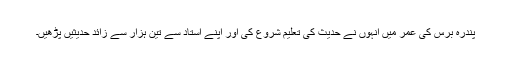
پندرہ برس کی عمر میں انہوں نے حدیث کی تعلیم شروع کی اور اپنے استاد سے تین ہزار سے زائد حدیثیں پڑھیں۔